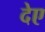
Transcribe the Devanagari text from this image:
देए